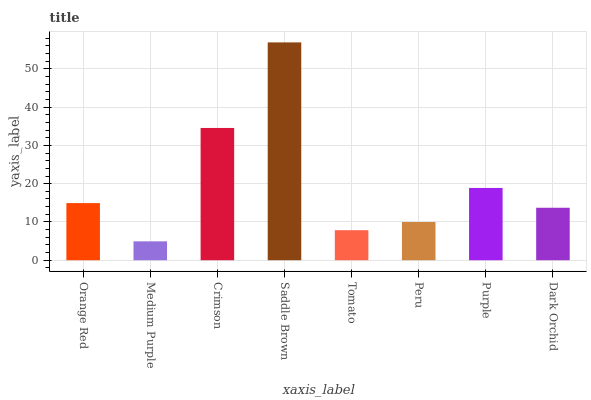
| xaxis_label | bars |
 | --- | --- |
 | Orange Red | 14.9 |
 | Medium Purple | 4.94 |
 | Crimson | 34.6 |
 | Saddle Brown | 56.9 |
 | Tomato | 7.85 |
 | Peru | 9.99 |
 | Purple | 18.9 |
 | Dark Orchid | 13.7 |